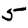
Digit: 5